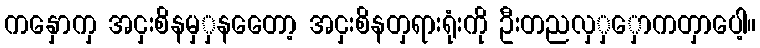
ကနှောကှ အငှးစိနမှှနတေော့ အငှးစိနတှရားရုံးကို ဦးတညလှှှောကတှာပေါ့။